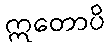
ဣတောပိ